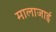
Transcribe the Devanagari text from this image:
मालाजाई